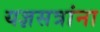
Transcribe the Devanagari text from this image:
यज्ञसत्रांना